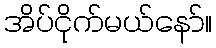
အိပ်ငိုက်မယ်နော်။